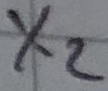
Text: X2